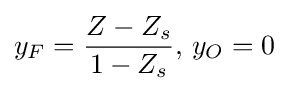
y_{F}={\frac {Z-Z_{s}}{1-Z_{s}}},\,y_{O}=0